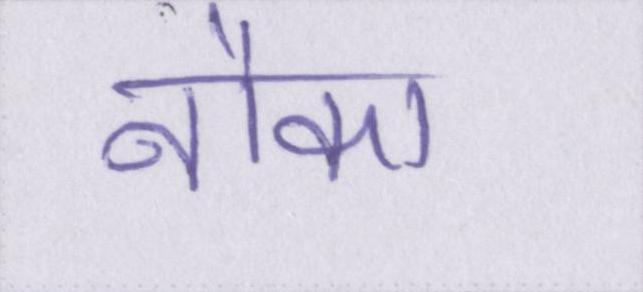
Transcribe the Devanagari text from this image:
नौका